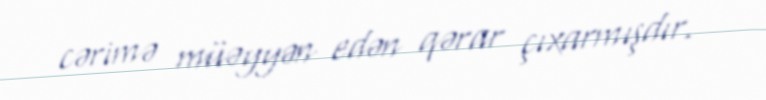
cərimə müəyyən edən qərar çıxarmışdır.